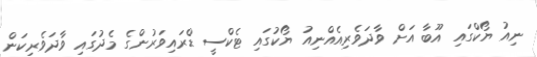
ނިއު ޔޯކްގައި އޫބާ އަށް ވާދަވެރިއެއްނިއު ޔޯކުގައި ޓެކްސީ ޑްރައިވަރުންގެ މެދުގައި ވާދަވެރިކަން